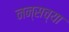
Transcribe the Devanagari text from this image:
नन्सच्या